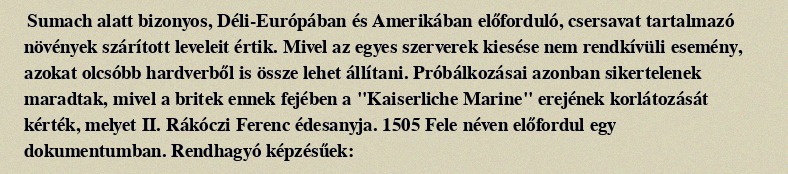
Sumach alatt bizonyos, Déli-Európában és Amerikában előforduló, csersavat tartalmazó növények szárított leveleit értik. Mivel az egyes szerverek kiesése nem rendkívüli esemény, azokat olcsóbb hardverből is össze lehet állítani. Próbálkozásai azonban sikertelenek maradtak, mivel a britek ennek fejében a "Kaiserliche Marine" erejének korlátozását kérték, melyet II. Rákóczi Ferenc édesanyja. 1505 Fele néven előfordul egy dokumentumban. Rendhagyó képzésűek: